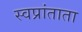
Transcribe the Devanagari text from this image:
स्वप्रांताता